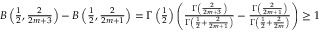
\begin{array} { r } { B \left( \frac { 1 } { 2 } , \frac { 2 } { 2 m + 3 } \right) - B \left( \frac { 1 } { 2 } , \frac { 2 } { 2 m + 1 } \right) = \Gamma \left( \frac { 1 } { 2 } \right) \left( \frac { \Gamma \left( \frac { 2 } { 2 m + 3 } \right) } { \Gamma \left( \frac { 1 } { 2 } + \frac { 2 } { 2 m + 1 } \right) } - \frac { \Gamma \left( \frac { 2 } { 2 m + 1 } \right) } { \Gamma \left( \frac { 1 } { 2 } + \frac { 2 } { 2 m } \right) } \right) \geq 1 } \end{array}